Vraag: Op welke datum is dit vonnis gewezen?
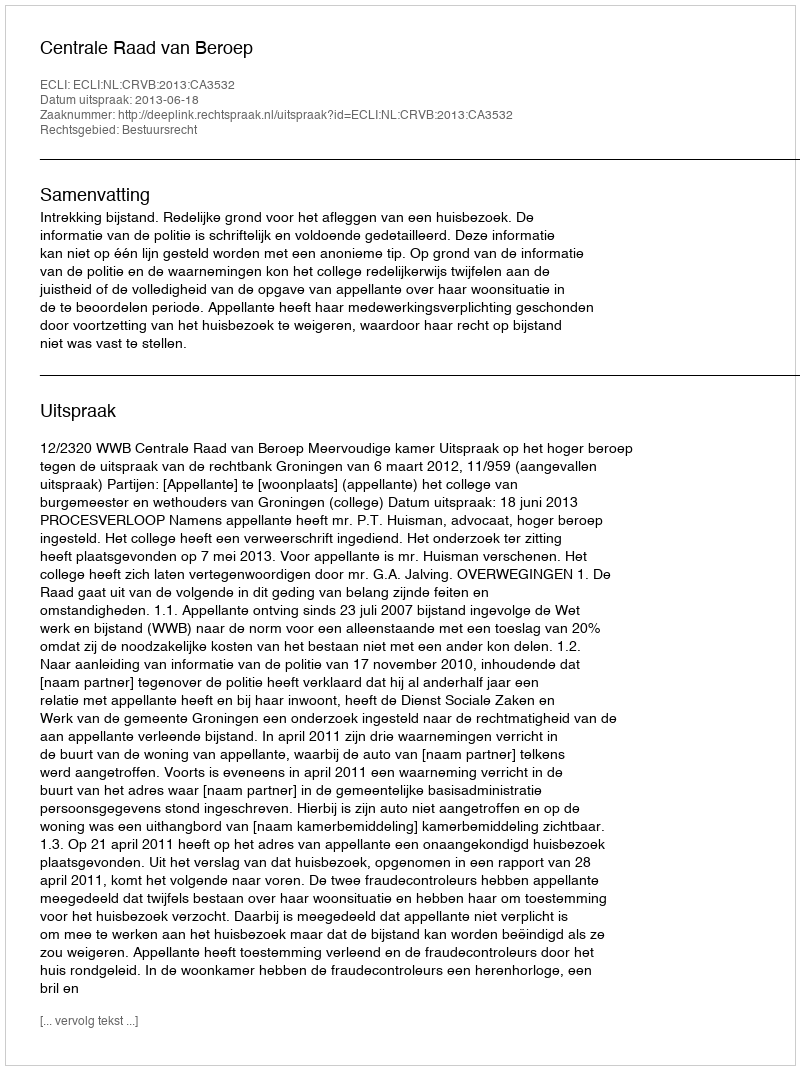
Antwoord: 2013-06-18